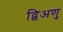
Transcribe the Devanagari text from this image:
द्विअणु